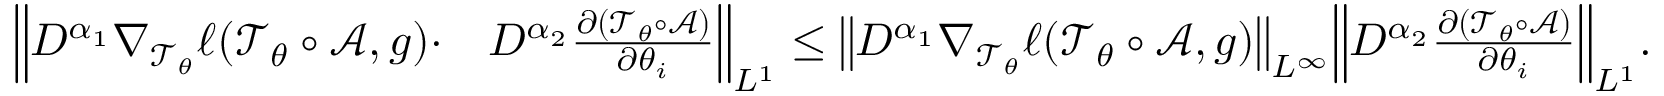
\begin{array} { r l } { \Big \| D ^ { \alpha _ { 1 } } \nabla _ { \mathcal T _ { \theta } } \ell ( \mathcal T _ { \theta } \circ \mathcal A , g ) \cdot } & { D ^ { \alpha _ { 2 } } \frac { \partial ( \mathcal T _ { \theta } \circ \mathcal A ) } { \partial \theta _ { i } } \Big \| _ { L ^ { 1 } } \leq \big \| D ^ { \alpha _ { 1 } } \nabla _ { \mathcal T _ { \theta } } \ell ( \mathcal T _ { \theta } \circ \mathcal A , g ) \big \| _ { L ^ { \infty } } \Big \| D ^ { \alpha _ { 2 } } \frac { \partial ( \mathcal T _ { \theta } \circ \mathcal A ) } { \partial \theta _ { i } } \Big \| _ { L ^ { 1 } } . } \end{array}